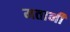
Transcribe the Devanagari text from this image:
मतानी